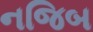
નજિબ